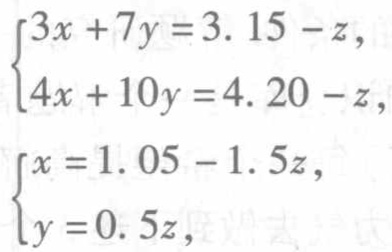
\[\begin{cases}

3x + 7y = 3.15 - z,\\

4x + 10y = 4.20 - z,\\

x = 1.05 - 1.5z,\\

y = 0.5z,

\end{cases}\]